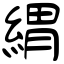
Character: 緭